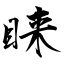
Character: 睐